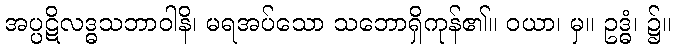
အပ္ပဋိလဒ္ဓသဘာဝါနိ၊ မရအပ်သော သဘောရှိကုန်၏။ ဝယာ၊ မှ။ ဥဒ္ဓံ၊ ၌။